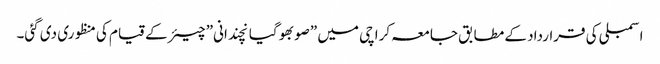
اسمبلی کی قرارداد کے مطابق جامعہ کراچی میں ”صوبھوگیانچندانی” چیئر کے قیام کی منظوری دی گئی۔